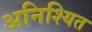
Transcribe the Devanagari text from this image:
अनिश्यित